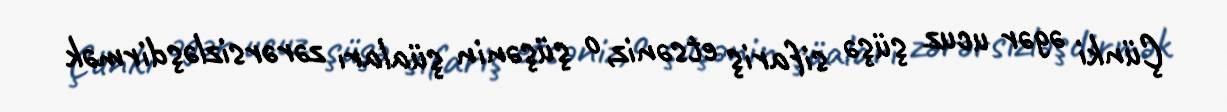
Çünki əgər ucuz şüşə sifariş etsəniz, o şüşənin şüaları zərərsizləşdirmək